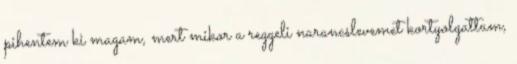
pihentem ki magam, mert mikor a reggeli narancslevemet kortyolgattam,